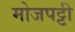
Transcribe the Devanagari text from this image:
मोजपट्टी